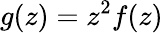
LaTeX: g(z)=z^{2}f(z)